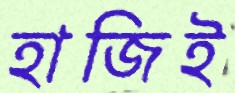
হাজিই